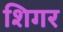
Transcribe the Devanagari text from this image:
शिगर